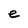
Character: e